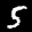
Label: 5